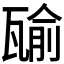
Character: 𤭷